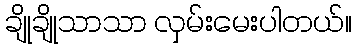
ချိုချိုသာသာ လှမ်းမေးပါတယ်။